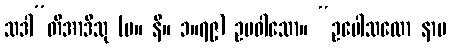
သဒါ”တိအာဒီသု (မ။ နိ။ ၁။၇၉) ဥပဝါသော။ “ဥပေါသထော နာမ